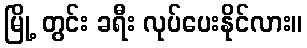
မြို့ တွင်း ခရီး လုပ်ပေးနိုင်လား။